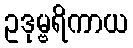
ဥဒုမ္ဗရိကာယ